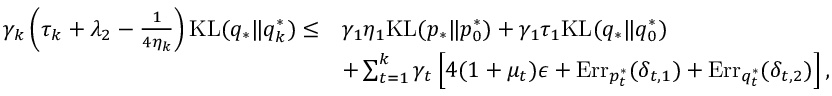
\begin{array} { r l } { \gamma _ { k } \left( \tau _ { k } + \lambda _ { 2 } - \frac { 1 } { 4 \eta _ { k } } \right) \mathrm { K L } ( q _ { * } \| q _ { k } ^ { * } ) \leq } & { \gamma _ { 1 } \eta _ { 1 } \mathrm { K L } ( p _ { * } \| p _ { 0 } ^ { * } ) + \gamma _ { 1 } \tau _ { 1 } \mathrm { K L } ( q _ { * } \| q _ { 0 } ^ { * } ) } \\ & { + \sum _ { t = 1 } ^ { k } \gamma _ { t } \left[ 4 ( 1 + \mu _ { t } ) \epsilon + \mathrm { E r r } _ { p _ { t } ^ { * } } ( \delta _ { t , 1 } ) + \mathrm { E r r } _ { q _ { t } ^ { * } } ( \delta _ { t , 2 } ) \right] , } \end{array}